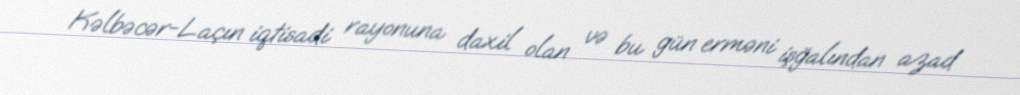
Kəlbəcər-Laçın iqtisadi rayonuna daxil olan və bu gün erməni işğalından azad